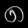
Digit: ၈